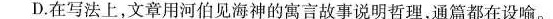
D.在写法上，文章用河伯见海神的寓言故事说明哲理，通篇都在设喻。